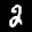
Label: 2